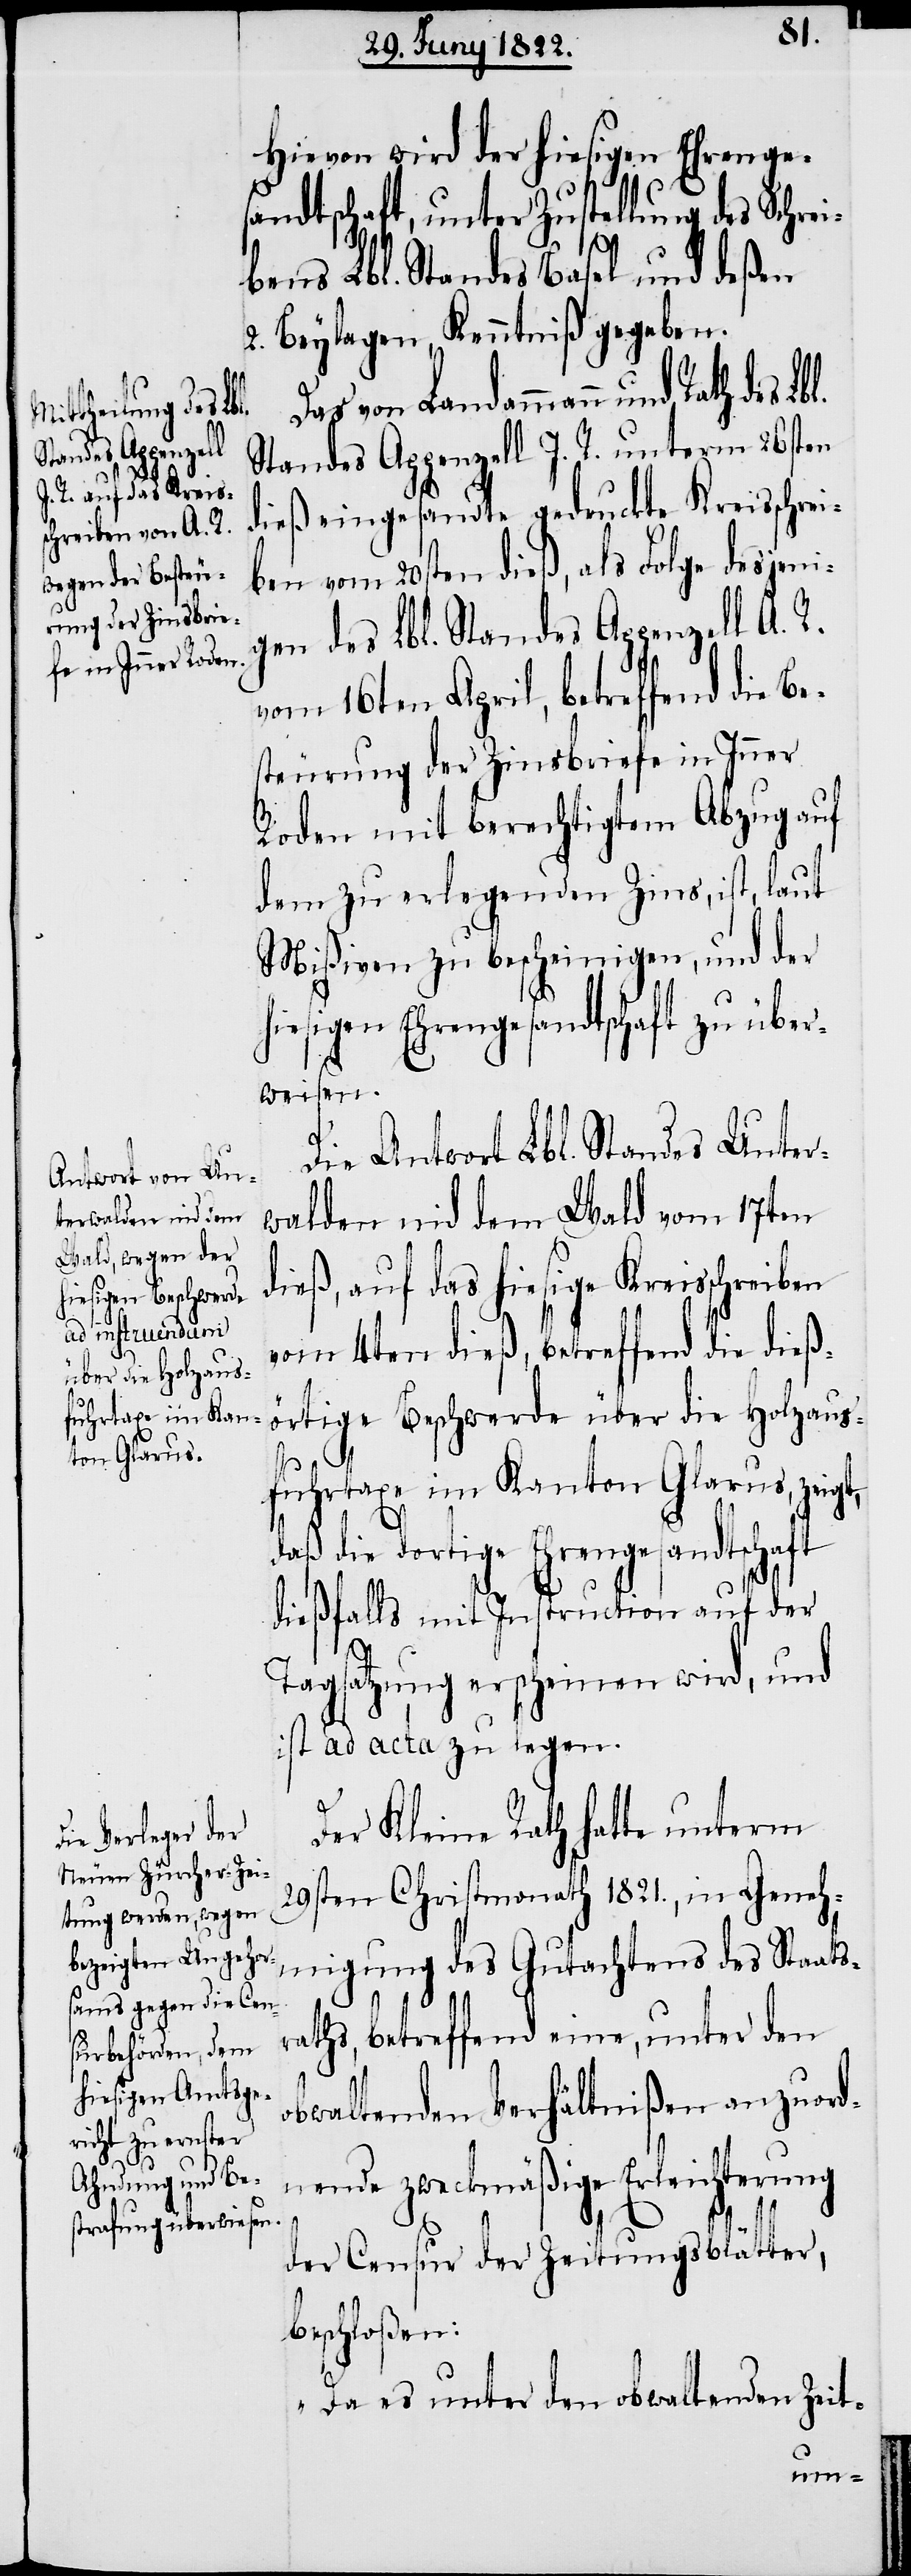
Hievon wird der hiesigen Ehrenge¬
sandtschaft, unter Zustellung des Schre¬
ibens Lbl. Standes Basel und deßen
2. Beylagen, Kenntniß gegeben.
Standes Appenzell I. R. unterm 26sten
dieß eingesandte gedruckte Kreisschrei¬
ben vom 20sten dieß, als Folge desjeni¬
gen des Lbl. Standes Appenzell A. R.
vom 16ten April, betreffend die
steuerung der Zinsbriefe in Inner
Roden mit berechtigtem Abzug auf
dem zu erlegenden Zins, ist, laut
Mißiven zu bescheinigen, und der
hiesigen Ehrengesandtschaft zu über¬
weisen.
Die Antwort Lbl. Standes Unter¬
walden nid dem Wald vom 17ten
dieß, auf das hiesige Kreisschreiben
vom 4ten dieß, betreffend die dieß¬
örtige Beschwerde über die Holzaus¬
fuhrtaxe im Kanton Glarus, zeig¬
daß die dortige Ehrengesandtschaft
dießfalls mit Instruction auf der
Tagsatzung erscheinen wird, und
ist ad acta zu legen.
Der Kleine Rath hatte unterm
29sten Christmonath 1821., in Geneh¬
migung des Gutachtens des Staats¬
aths, betreffend eine, unter den
obwaltenden Verhältnißen anzuord¬
nende zweckmäßige Erleichterung
der Censur der Zeitungsblätter,
beschloßen:
„Da es unter dem obwaltenden Zeit-
und

r¬